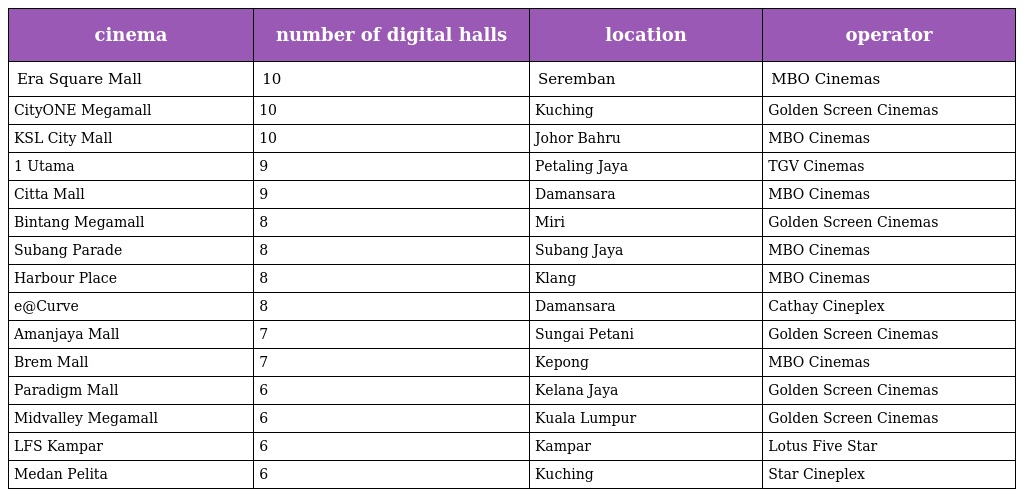
| cinema | number of digital halls | location | operator |
 | --- | --- | --- | --- |
 | Era Square Mall | 10 | Seremban | MBO Cinemas |
 | CityONE Megamall | 10 | Kuching | Golden Screen Cinemas |
 | KSL City Mall | 10 | Johor Bahru | MBO Cinemas |
 | 1 Utama | 9 | Petaling Jaya | TGV Cinemas |
 | Citta Mall | 9 | Damansara | MBO Cinemas |
 | Bintang Megamall | 8 | Miri | Golden Screen Cinemas |
 | Subang Parade | 8 | Subang Jaya | MBO Cinemas |
 | Harbour Place | 8 | Klang | MBO Cinemas |
 | e@Curve | 8 | Damansara | Cathay Cineplex |
 | Amanjaya Mall | 7 | Sungai Petani | Golden Screen Cinemas |
 | Brem Mall | 7 | Kepong | MBO Cinemas |
 | Paradigm Mall | 6 | Kelana Jaya | Golden Screen Cinemas |
 | Midvalley Megamall | 6 | Kuala Lumpur | Golden Screen Cinemas |
 | LFS Kampar | 6 | Kampar | Lotus Five Star |
 | Medan Pelita | 6 | Kuching | Star Cineplex |